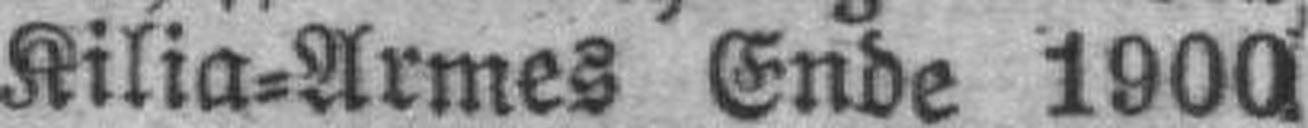
Kilia=Armes Ende 1900